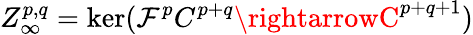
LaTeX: Z_{\infty}^{p,q}=\ker(\mathcal{F}^{p}C^{p+q}\rightarrowC^{p+q+1})